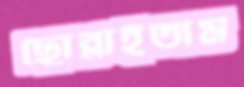
ছোব্‌লাইতাম